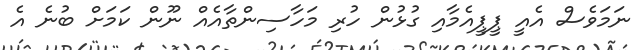
ނަމަވެސް އެއީ ޕީޕީއެމާއި ގުޅުން ހުރި މަހާސިންތާއެއް ނޫން ކަމަށް ބުނެ އެ